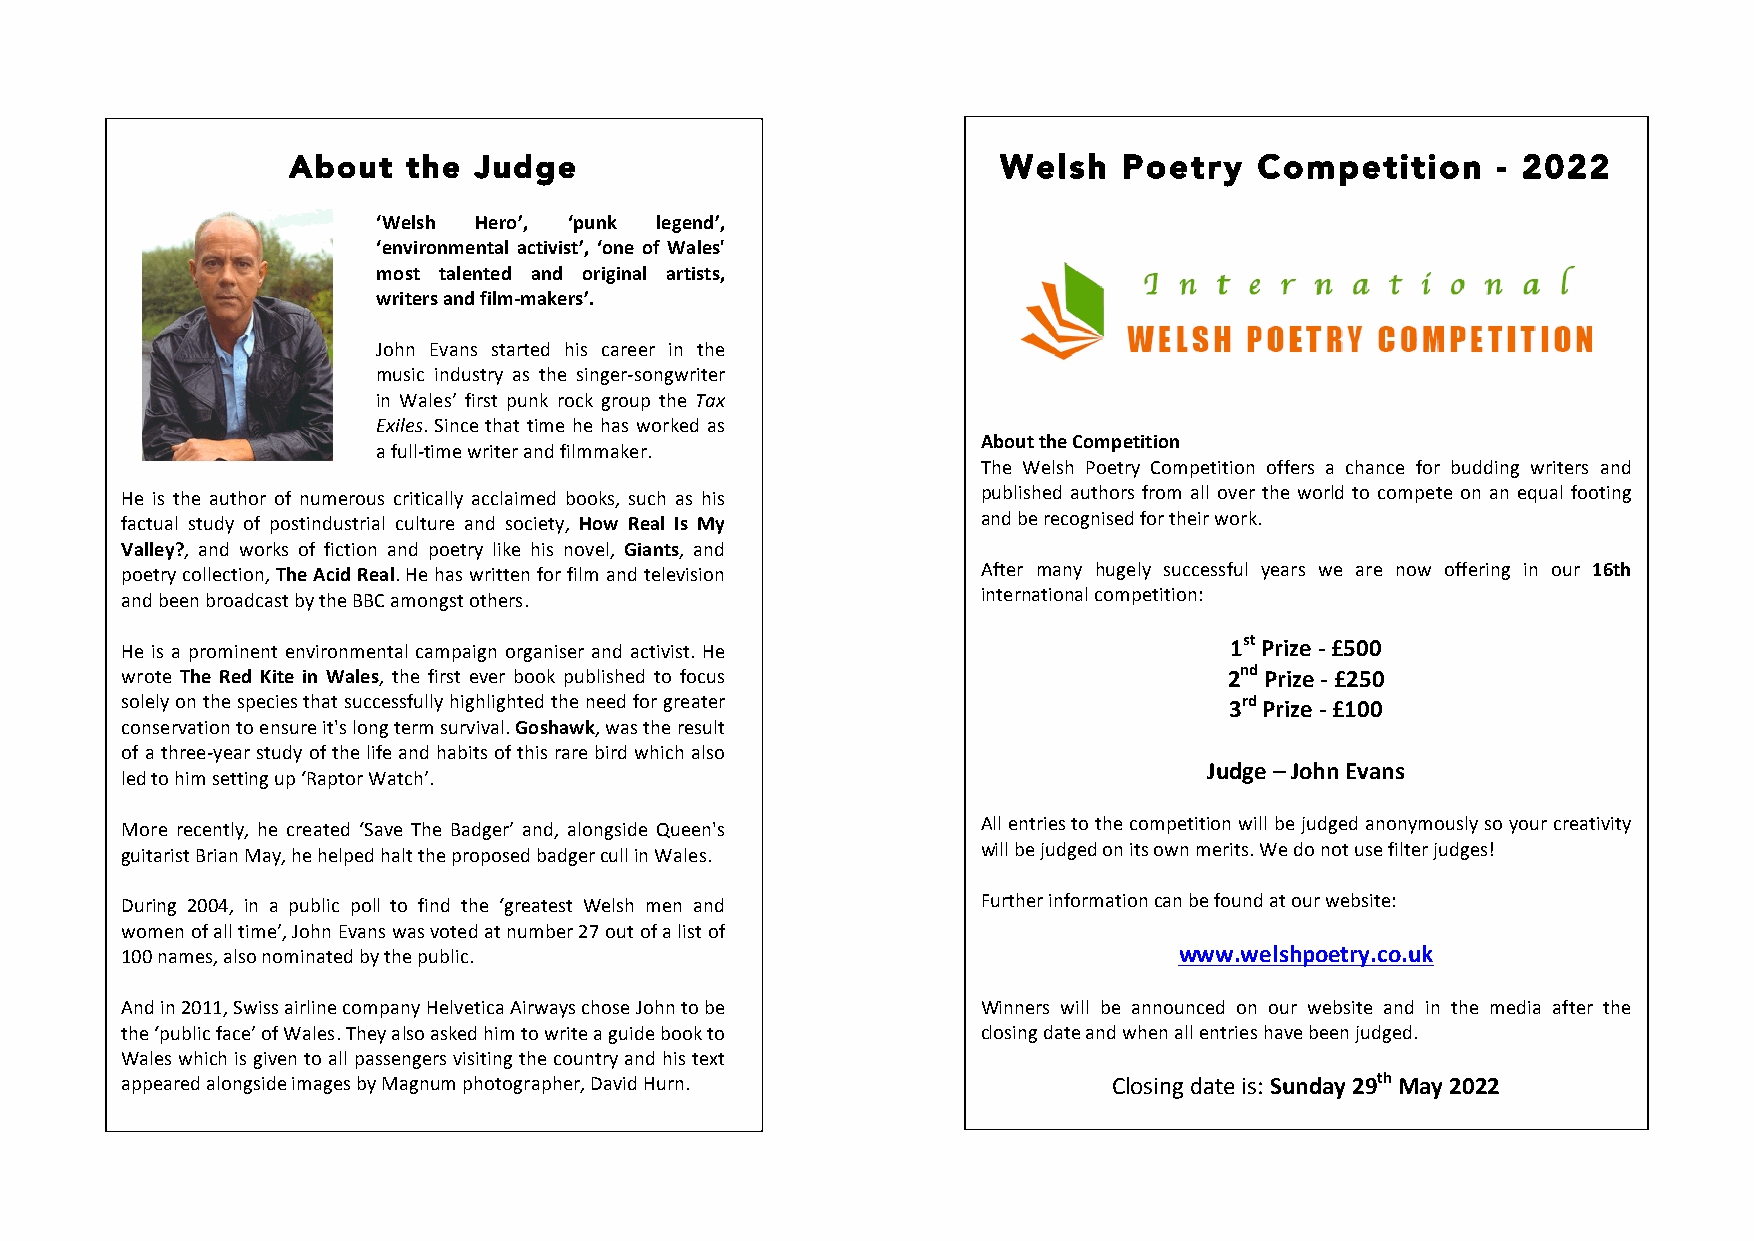
About   the Judge                              Welsh   Poetry   Competition     - 2022
 ‘Welsh Hero’, ‘punk legend’,
 ‘environmental activist’, ‘one of Wales'
 most talented and original artists,
 writers and film-makers’.
 John Evans started his career in the
 music industry as the singer-songwriter
 in Wales’ first punk rock group the Tax
 Exiles. Since that time he has worked as
 About the Competition
 a full-time writer and filmmaker.
 The Welsh Poetry Competition offers a chance for budding writers and
 He is the author of numerous critically acclaimed books, such as his published authors from all over the world to compete on an equal footing
 factual study of postindustrial culture and society, How Real Is My and be recognised for their work.
 Valley?, and works of fiction and poetry like his novel, Giants, and
 poetry collection, The Acid Real. He has written for film and television After many hugely successful years we are now offering in our 16th
 and been broadcast by the BBC amongst others.            international competition:
 He is a prominent environmental campaign organiser and activist. He      1st Prize - £500
 wrote The Red Kite in Wales, the first ever book published to focus      2nd Prize - £250
 solely on the species that successfully highlighted the need for greater 3rd Prize - £100
 conservation to ensure it's long term survival. Goshawk, was the result
 of a three-year study of the life and habits of this rare bird which also
 Judge – John Evans
 led to him setting up ‘Raptor Watch’.
 More recently, he created ‘Save The Badger’ and, alongside Queen's All entries to the competition will be judged anonymously so your creativity
 guitarist Brian May, he helped halt the proposed badger cull in Wales. will be judged on its own merits. We do not use filter judges!
 During 2004, in a public poll to find the ‘greatest Welsh men and Further information can be found at our website:
 women of all time’, John Evans was voted at number 27 out of a list of
 100 names, also nominated by the public.                              www.welshpoetry.co.uk
 And in 2011, Swiss airline company Helvetica Airways chose John to be Winners will be announced on our website and in the media after the
 the ‘public face’ of Wales. They also asked him to write a guide book to closing date and when all entries have been judged.
 Wales which is given to all passengers visiting the country and his text
 appeared alongside images by Magnum photographer, David Hurn.     Closing date is: Sunday 29th May 2022
 www.johnevans.org.uk